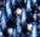
حوار